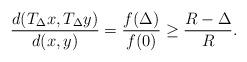
LaTeX: \begin{align*}\frac{d(T_\Delta x, T_\Delta y)}{d(x,y)}=\frac{f(\Delta)}{f(0)}\ge \frac{R-\Delta}{R}.\end{align*}